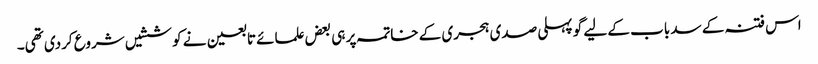
اس فتنہ کے سد باب کے لیے گو پہلی صدی ہجری کے خاتمہ پر ہی بعض علمائے تابعین نے کوششیں شروع کردی تھی۔